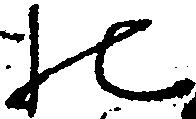
の